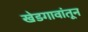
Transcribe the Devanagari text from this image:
खेडगावांतून